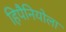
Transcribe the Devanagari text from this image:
हिपैनियोला